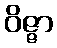
ဝိဇ္ဇာ